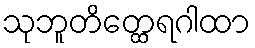
သုဘူတိတ္ထေရဂါထာ